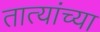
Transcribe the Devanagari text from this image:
तात्यांच्या